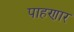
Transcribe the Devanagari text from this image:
पाहणार